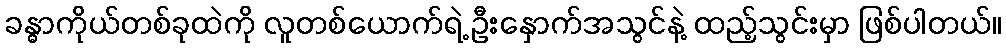
ခန္ဓာကိုယ်တစ်ခုထဲကို လူတစ်ယောက်ရဲ့ ဦးနှောက်အသွင်နဲ့ ထည့်သွင်းမှာ ဖြစ်ပါတယ်။